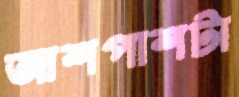
আশপাশটা